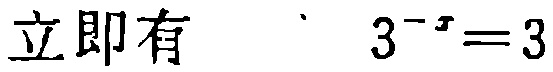
立即有 \(3^{-x}=3\)